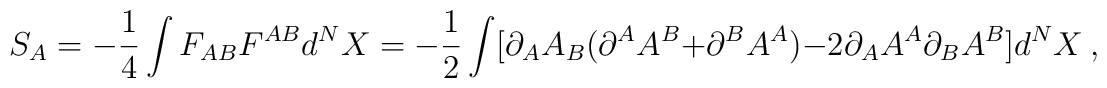
S_A = - \frac{1}{4}\int F_{AB}F^{AB} d^NX = - \frac{1}{2}\int [\partial_A A_B (\partial^A A^B + \partial^B A^A) - 2\partial_A A^A\partial_B A^B] d^NX ~,